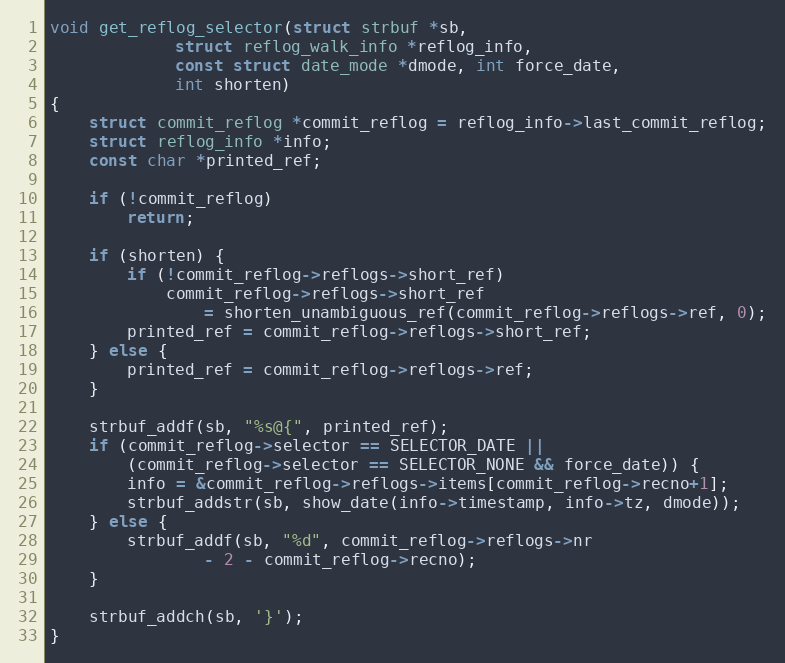
Language: C
void get_reflog_selector(struct strbuf *sb,
			 struct reflog_walk_info *reflog_info,
			 const struct date_mode *dmode, int force_date,
			 int shorten)
{
	struct commit_reflog *commit_reflog = reflog_info->last_commit_reflog;
	struct reflog_info *info;
	const char *printed_ref;

	if (!commit_reflog)
		return;

	if (shorten) {
		if (!commit_reflog->reflogs->short_ref)
			commit_reflog->reflogs->short_ref
				= shorten_unambiguous_ref(commit_reflog->reflogs->ref, 0);
		printed_ref = commit_reflog->reflogs->short_ref;
	} else {
		printed_ref = commit_reflog->reflogs->ref;
	}

	strbuf_addf(sb, "%s@{", printed_ref);
	if (commit_reflog->selector == SELECTOR_DATE ||
	    (commit_reflog->selector == SELECTOR_NONE && force_date)) {
		info = &commit_reflog->reflogs->items[commit_reflog->recno+1];
		strbuf_addstr(sb, show_date(info->timestamp, info->tz, dmode));
	} else {
		strbuf_addf(sb, "%d", commit_reflog->reflogs->nr
			    - 2 - commit_reflog->recno);
	}

	strbuf_addch(sb, '}');
}